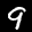
Label: 9